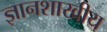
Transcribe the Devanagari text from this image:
ज्ञानशाखीय